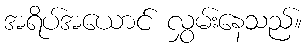
အရိပ်အယောင် လွှမ်းနေသည်။